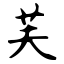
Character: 芙